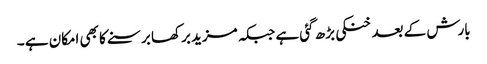
بارش کے بعد خنکی بڑھ گئی ہے جبکہ مزید برکھا برسنے کا بھی امکان ہے ۔